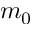
m _ { 0 }